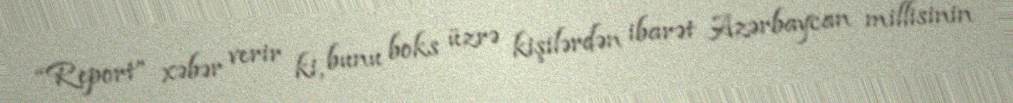
“Report” xəbər verir ki, bunu boks üzrə kişilərdən ibarət Azərbaycan millisinin